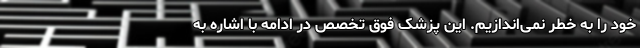
خود را به خطر نمی‌اندازیم. این پزشک فوق تخصص در ادامه با اشاره به